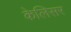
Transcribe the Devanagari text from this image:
केलिसर